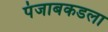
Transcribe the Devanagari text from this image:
पंजाबकडला